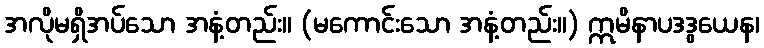
အလိုမရှိအပ်သော အနံ့တည်း။ (မကောင်းသော အနံ့တည်း။) ဣမိနာပဒဒွယေန၊